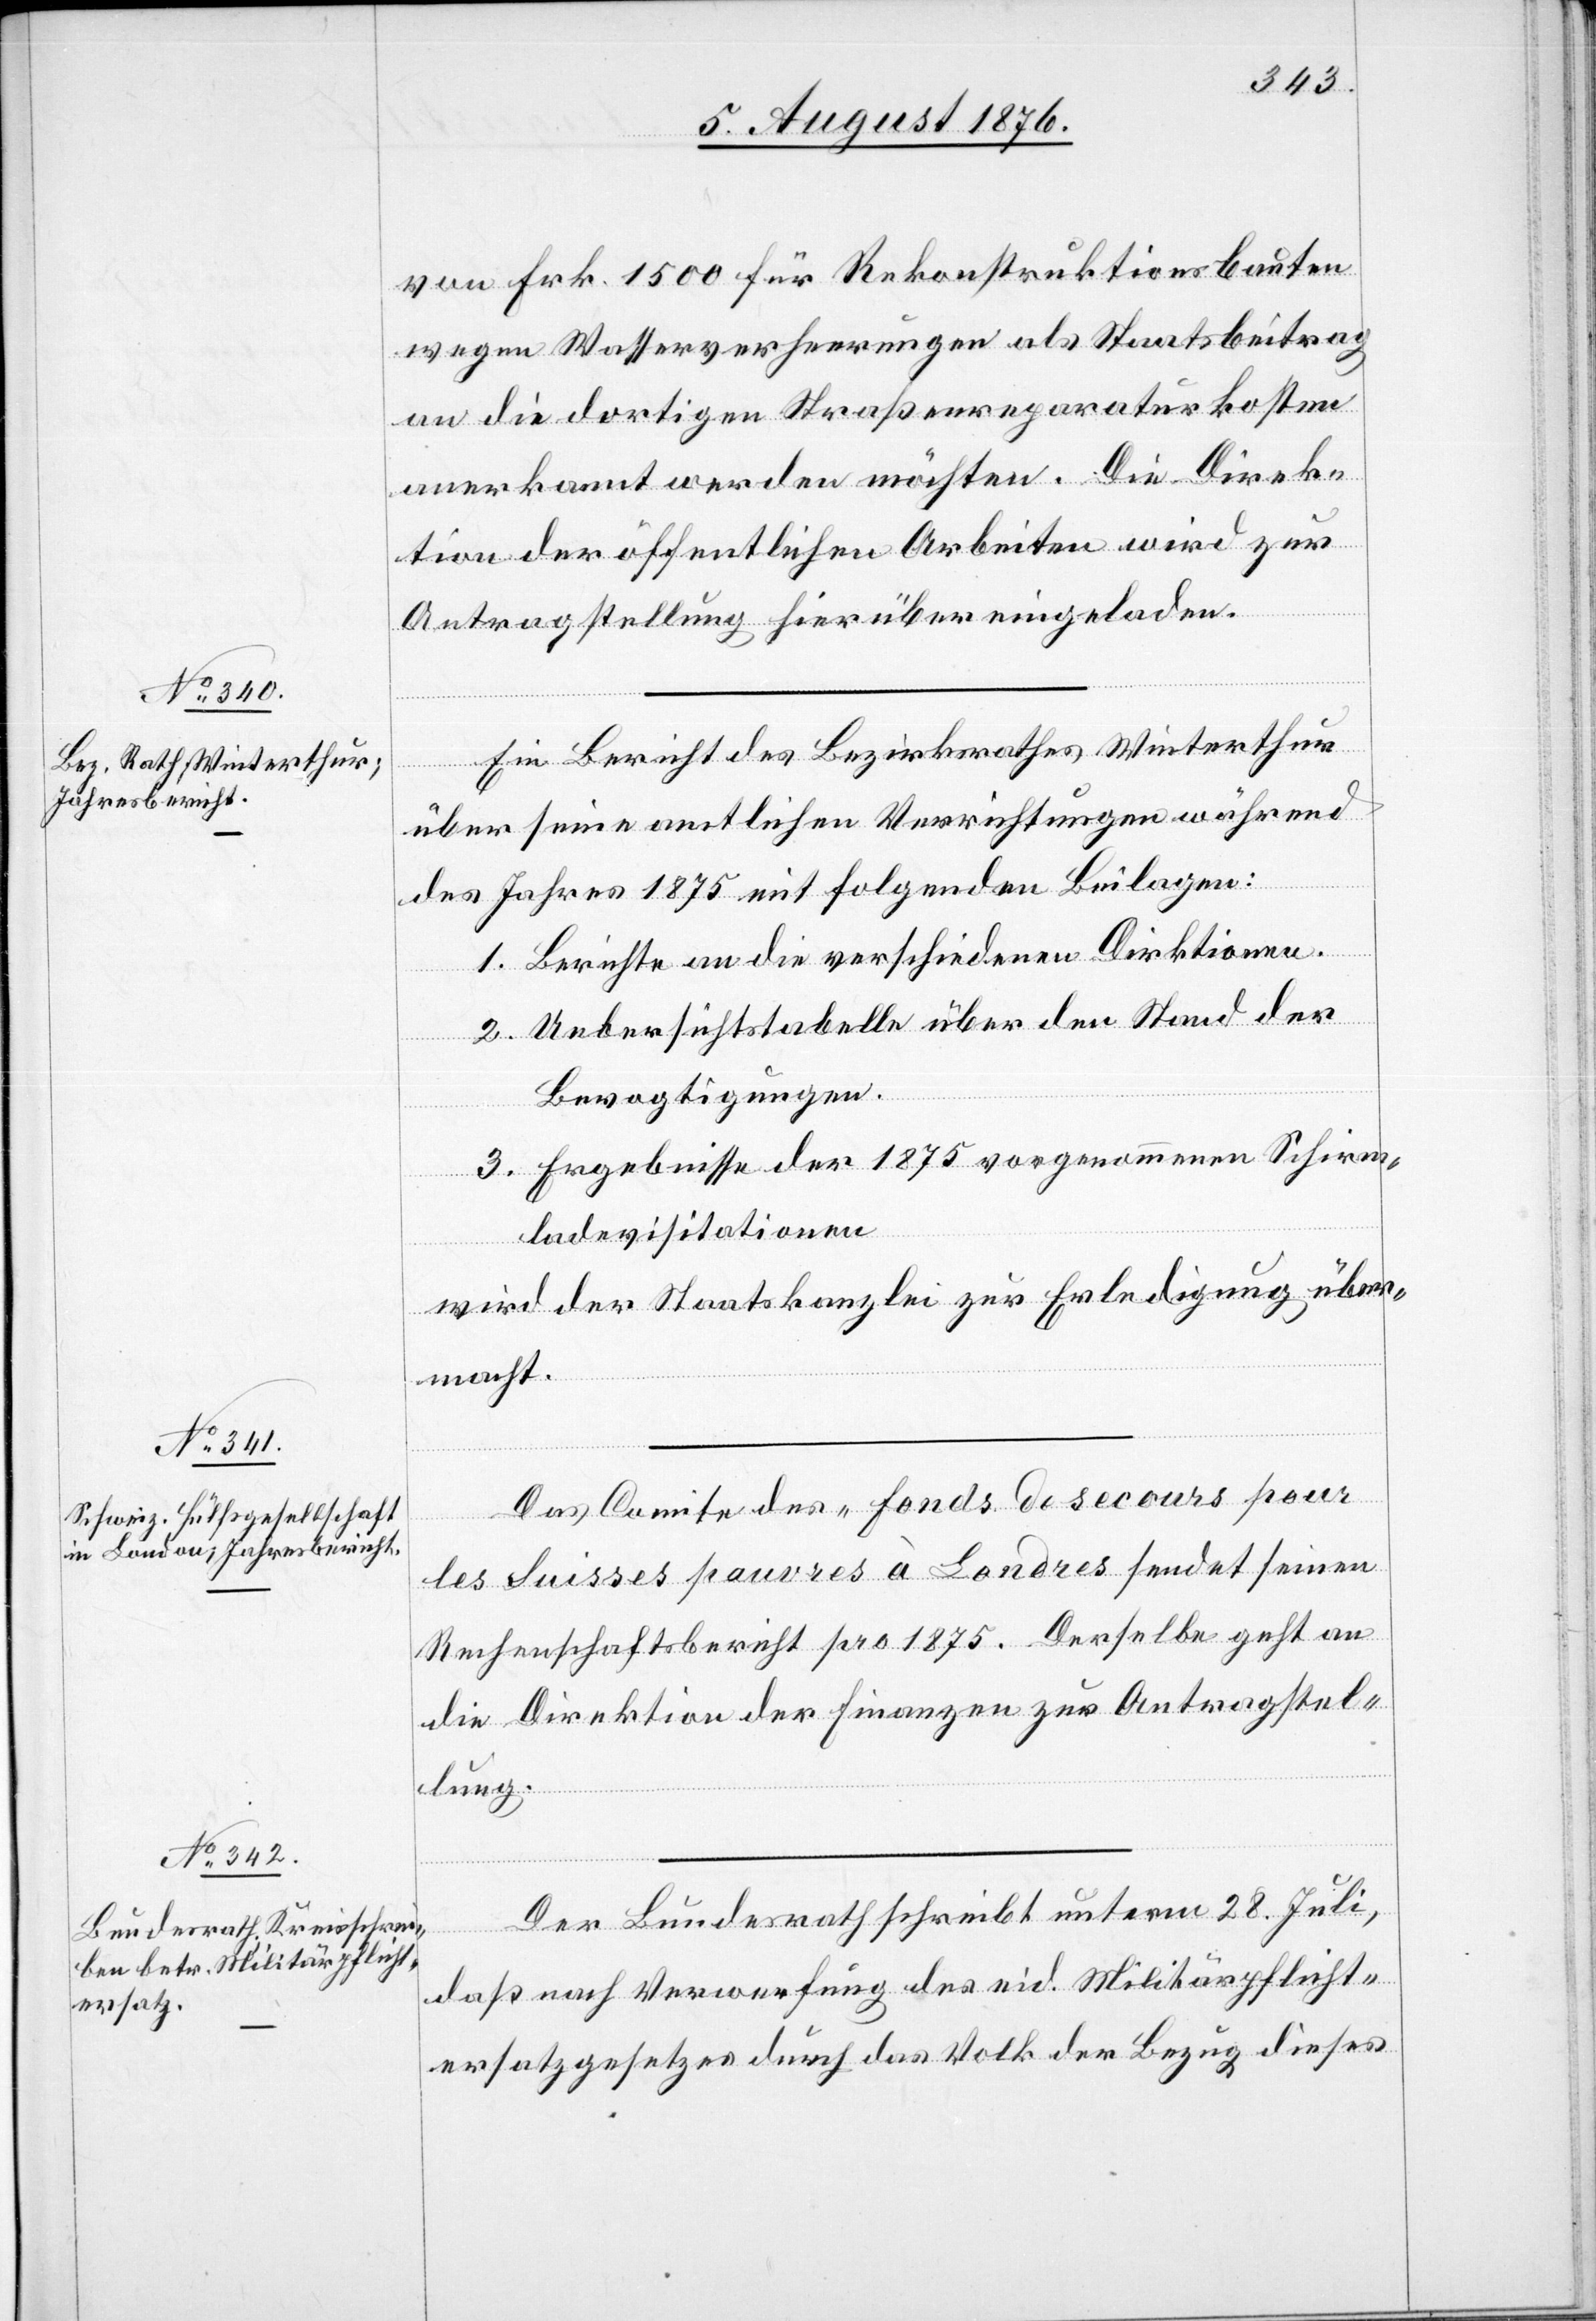
7. August 1876.]
von Frk. 1500 für Rekonstruktionsbauten
wegen Wasserverheerungen als Staatsbeitrag
an die dortigen Straßenreparaturkosten
anerkannt werden möchten. Die Direk¬
tion der öffentlichen Arbeiten wird zur
Antragstellung hierüber eingeladen.
Ein Bericht des Bezirksrathes Winterthur
über seine amtlichen Verrichtungen während
des Jahres 1875 mit folgenden Beilagen:
1. Berichte an die verschiedenen Direktionen.
2. Uebersichtstabelle über den Stand der
Bevogtigungen.
3. Ergebnisse er 1875 vorgenommenen Schirm¬
ladevisitationen.
wird der Staatskanzlei zur Erledigung über¬
macht.
Das Comite des „Fonds de secours pour
les Suisses pauvres à Londres[“] sendet seinen
Rechenschaftsbericht pro 1875. Derselbe geht an
die Direktion der Finanzen zur Antragstel¬
lung.
Der Bundesrath schreibt unterm 28. Juli,
daß nach Verwerfung des eid. Militärpflicht¬
ersatzgesetzes durch das Volk der Bezug dieses